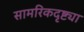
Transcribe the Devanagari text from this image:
सामरिकदृष्ट्या